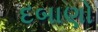
દબાણો